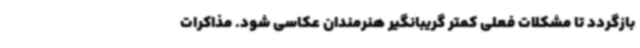
بازگردد تا مشکلات فعلی کمتر گریبانگیر هنرمندان عکاسی شود. مذاکرات